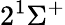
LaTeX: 2^{1}\Sigma^{+}